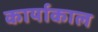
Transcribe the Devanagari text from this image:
कार्याकाल